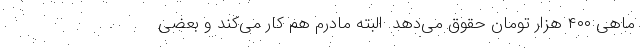
ماهی ۴۰۰ هزار تومان حقوق می‌دهد. البته مادرم هم کار می‌کند و بعضی